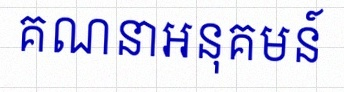
គណនាអនុគមន៍